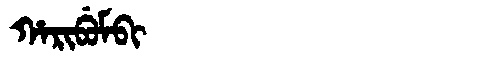
Manchu: ᡥᠠᡵᡳᠪᡠᠮᠪᡳ
Romanization: HARIBUMBI